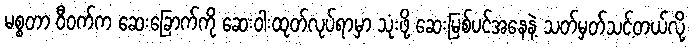
မစ္စတာ ဝီဝက်က ဆေးခြောက်ကို ဆေးဝါးထုတ်လုပ်ရာမှာ သုံးဖို့ ဆေးမြစ်ပင်အနေနဲ့ သတ်မှတ်သင့်တယ်လို့